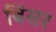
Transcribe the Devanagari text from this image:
बिंसर